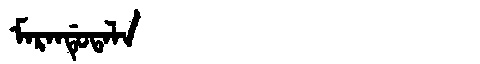
Manchu: ᠮᠠᡵᠠᠨᡩᡠᡨᠠᠯᠠ
Romanization: MARANDUTALA